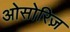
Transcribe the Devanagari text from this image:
ओसोरिज़